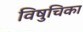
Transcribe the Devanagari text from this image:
विषुचिका